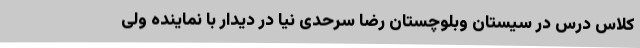
کلاس درس در سیستان وبلوچستان رضا سرحدی نیا در دیدار با نماینده ولی